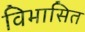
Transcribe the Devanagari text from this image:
विभासित